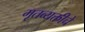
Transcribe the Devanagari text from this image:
मृतव्यक्तीचे